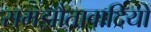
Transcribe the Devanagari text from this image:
समझौतावादियों